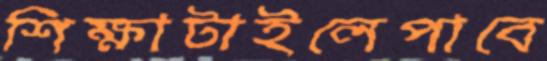
শিক্ষাটাইলেপাবে